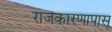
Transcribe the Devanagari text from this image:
राजकारणापासू